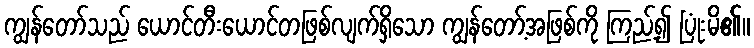
ကျွန်တော်သည် ယောင်တီးယောင်တဖြစ်လျက်ရှိသော ကျွန်တော့်အဖြစ်ကို ကြည့်၍ ပြုံးမိ၏။